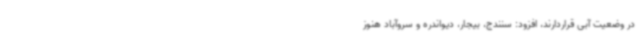
در وضعیت آبی قراردارند، افزود: سنندج، بیجار، دیواندره و سروآباد هنوز